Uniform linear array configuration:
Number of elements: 48
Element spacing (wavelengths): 1
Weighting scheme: blackman
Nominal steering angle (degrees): -60
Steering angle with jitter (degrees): -61.777
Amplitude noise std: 0.05
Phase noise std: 0.05

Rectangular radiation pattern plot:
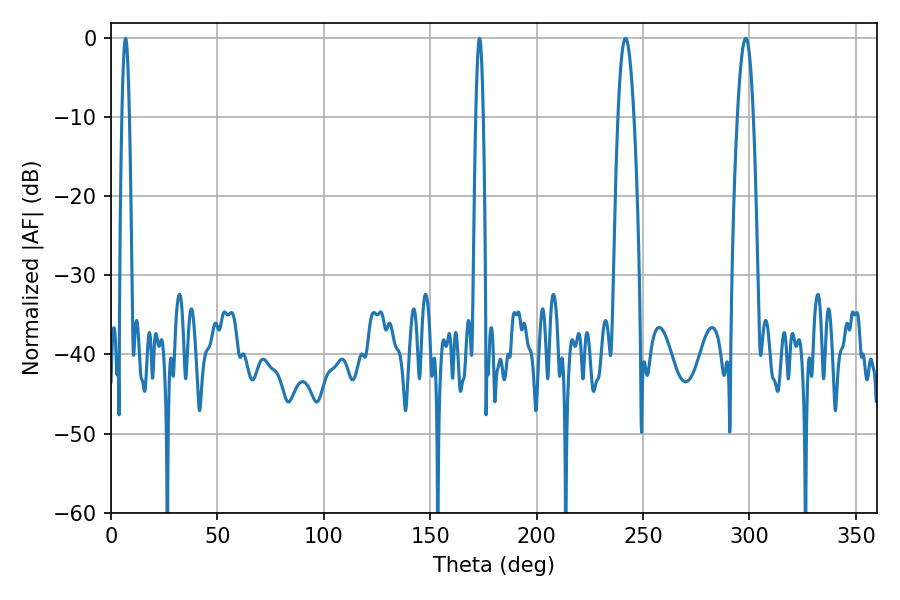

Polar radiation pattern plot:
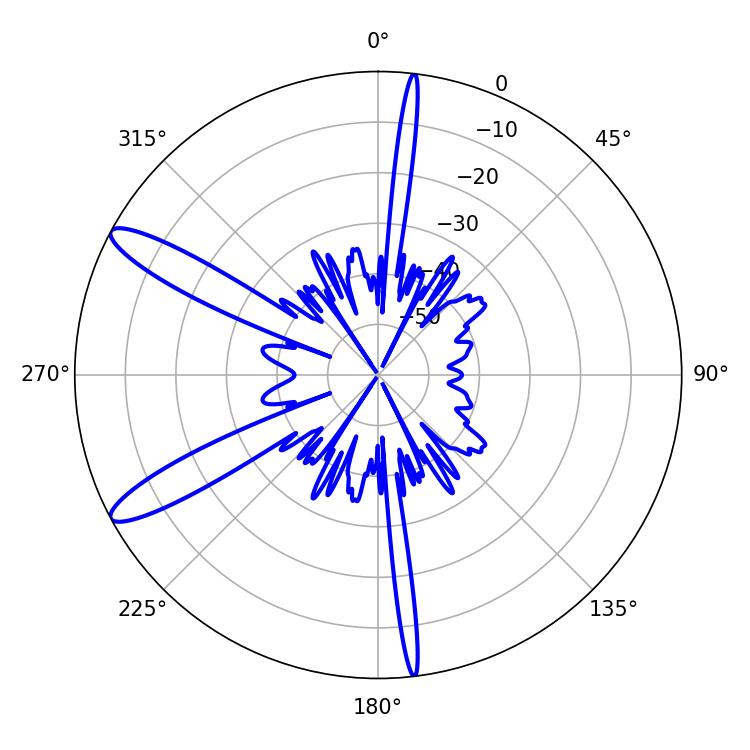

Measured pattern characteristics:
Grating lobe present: TRUE
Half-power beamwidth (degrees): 1.8
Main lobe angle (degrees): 6.84